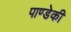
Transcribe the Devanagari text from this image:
पाण्डेकी